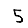
Digit: 5